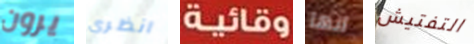
يرون انظري وقائية انها التفتيش